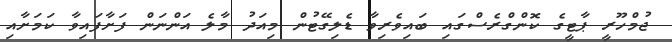
ޖުމްހޫރީ ޕާޓީގެ ކޮންގްރެސްގައި ބައިވެރިވާ ޑެލިގޭޓުން މިއަދު މާލެ އަންނަން ފަށާފައިވާ ކަމަށާއި